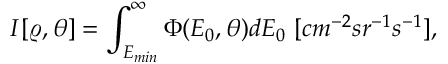
I [ \varrho , \theta ] = \int _ { E _ { m i n } } ^ { \infty } \Phi ( E _ { 0 } , \theta ) d E _ { 0 } \ [ c m ^ { - 2 } s r ^ { - 1 } s ^ { - 1 } ] ,